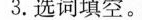
3.选词填空。